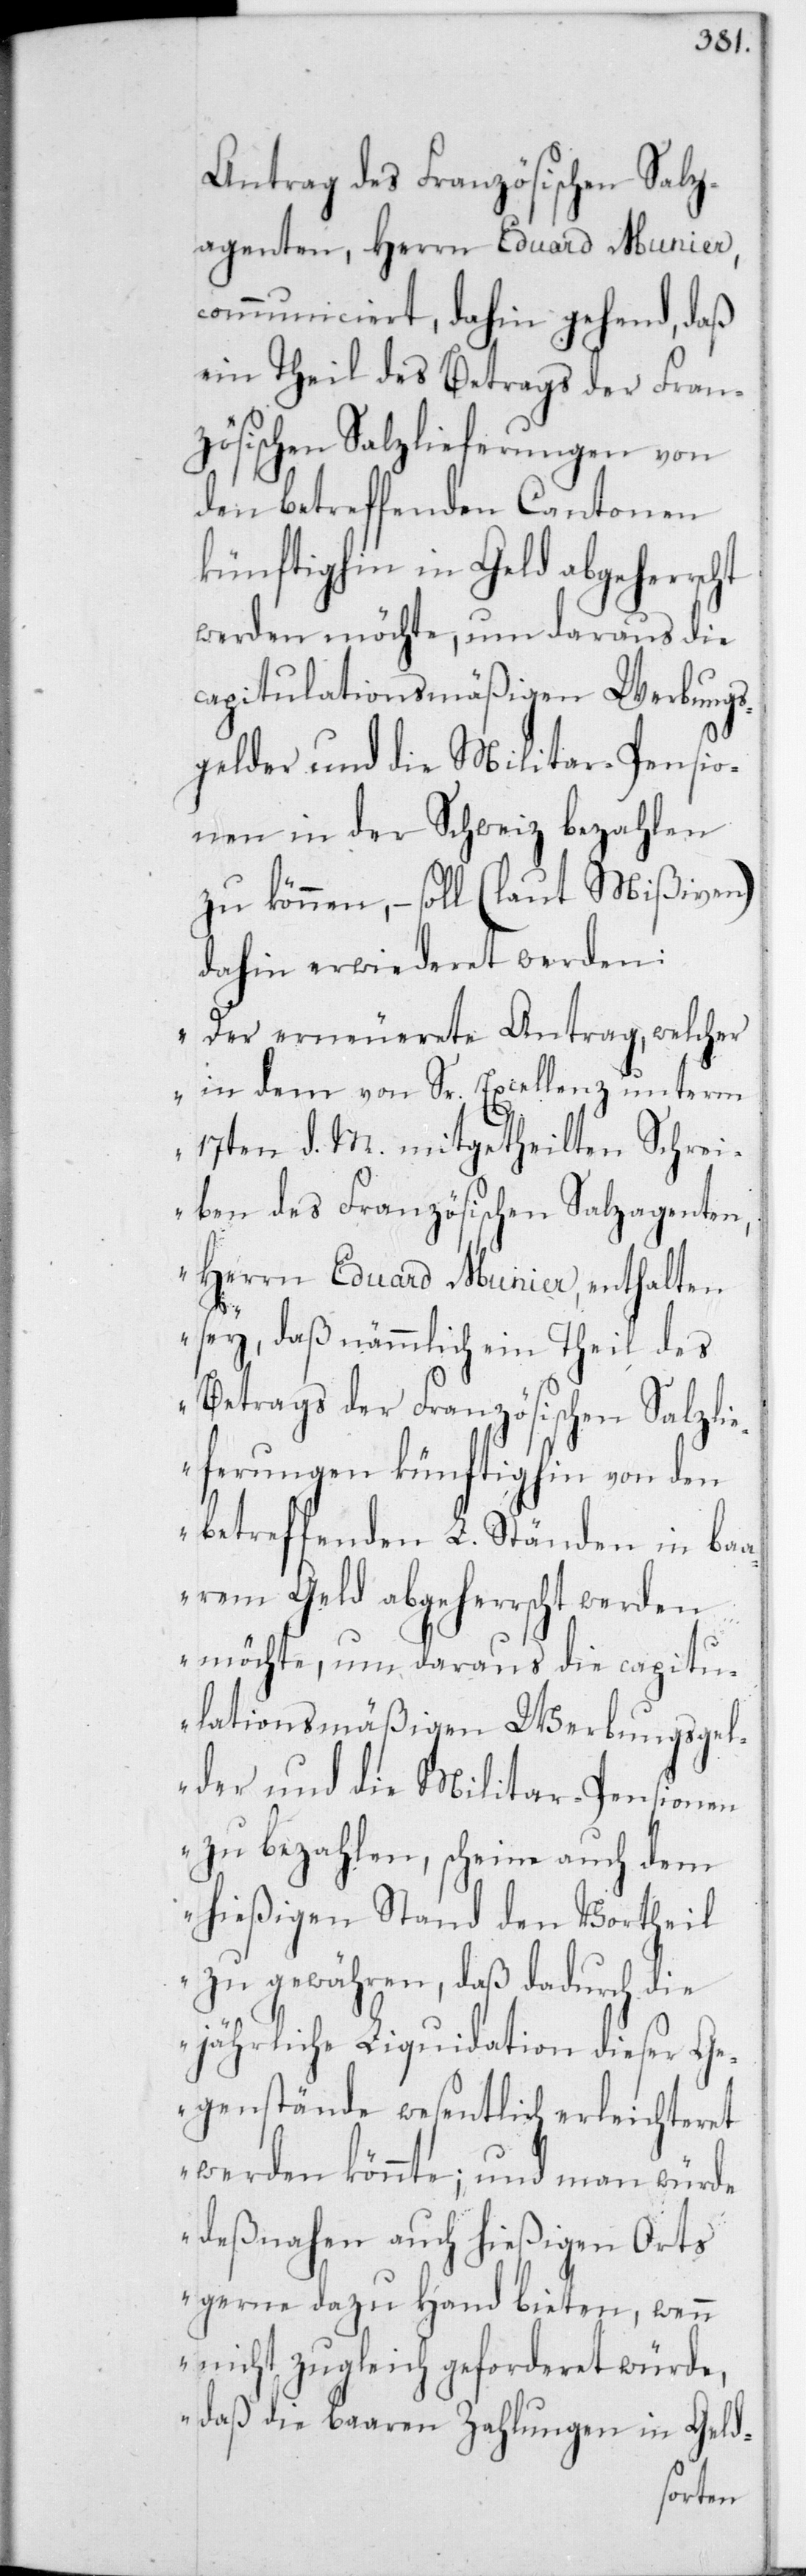
Antrag des Französischen Salz¬
agenten, Herrn Eduard Munier,
communiciert, dahin gehend, daß
ein Theil des Betrags der Fran¬
zösischen Salzlieferungen von
den betreffenden Cantonen
künftighin in Geld abgeherrscht
werden möchte, um daraus die
capitulationsmäßigen Werbungs¬
gelder und die Militar-Pensio¬
nen in der Schweiz bezahlen
zu können, – soll (laut Mißiven)
dahin erwideret werden:
„Der erneuerete Antrag, welcher
in dem von Sr. Excellenz unterm
17ten d. M. mitgetheilten Schrei¬
ben des Französischen Salzagenten,
Herrn Eduard Munier, enthalten
sey, daß nämmlich ein Theil des
Betrags der Französischen Salzli¬
eferungen künftighin von den
betreffenden L. Ständen in ba¬
arem Geld abgeherrscht werden
möchte, um daraus die capitu¬
lationsmäßigen Werbungsgel¬
der und die Militar-Pensionen
zu bezahlen, scheine auch dem
hießigen Stand den Vortheil
zu gewähren, daß dadurch die
jährliche Liquidation dieser Ge¬
genstände wesentlich erleichteret
werden könnte; und man würde
deßnahen auch hießigen Orts
gerne dazu Hand bieten, wenn
nicht zugleich geforderet würde,
daß die baaren Zahlungen in Geld-